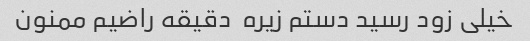
خیلی زود رسید دستم زیره  دقیقه راضیم ممنون